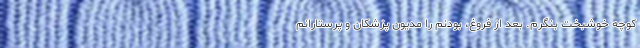
کوچه خوشبخت بنگرم. بعد از فروغ، بودنم را مدیون پزشکان و پرستارانم